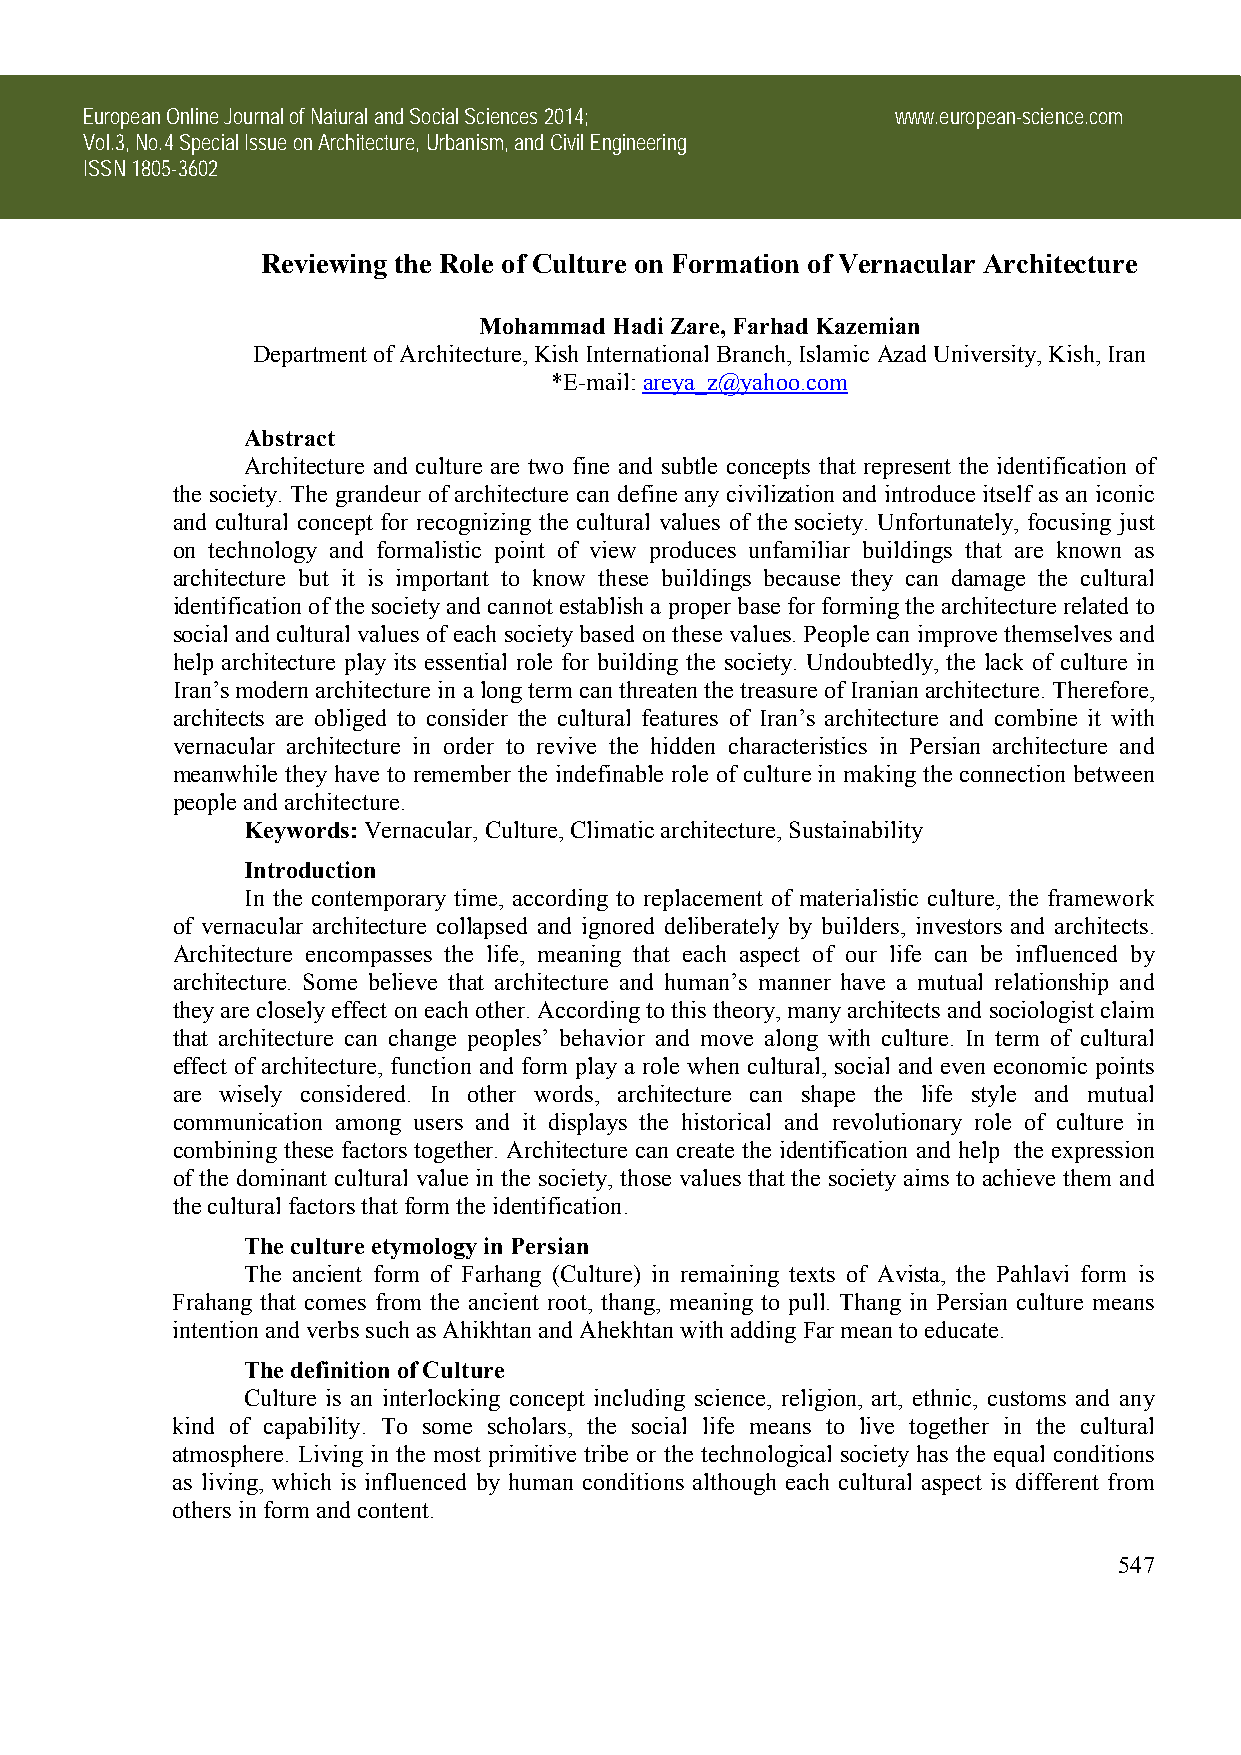
European Online Journal of Natural and Social Sciences 2014; www.european-science.com
 Vol.3, No.4 Special Issue on Architecture, Urbanism, and Civil Engineering
 ISSN 1805-3602
 Reviewing the Role of Culture on Formation of Vernacular Architecture
 Mohammad Hadi Zare, Farhad Kazemian
 Department of Architecture, Kish International Branch, Islamic Azad University, Kish, Iran
 *E-mail: areya_z@yahoo.com
 Abstract
 Architecture and culture are two fine and subtle concepts that represent the identification of
 the society. The grandeur of architecture can define any civilization and introduce itself as an iconic
 and cultural concept for recognizing the cultural values of the society. Unfortunately, focusing just
 on technology and formalistic point of view produces unfamiliar buildings that are known as
 architecture but it is important to know these buildings because they can damage the cultural
 identification of the society and cannot establish a proper base for forming the architecture related to
 social and cultural values of each society based on these values. People can improve themselves and
 help architecture play its essential role for building the society. Undoubtedly, the lack of culture in
 Iran’s modern architecture in a long term can threaten the treasure of Iranian architecture. Therefore,
 architects are obliged to consider the cultural features of Iran’s architecture and combine it with
 vernacular architecture in order to revive the hidden characteristics in Persian architecture and
 meanwhile they have to remember the indefinable role of culture in making the connection between
 people and architecture.
 Keywords: Vernacular, Culture, Climatic architecture, Sustainability
 Introduction
 In the contemporary time, according to replacement of materialistic culture, the framework
 of vernacular architecture collapsed and ignored deliberately by builders, investors and architects.
 Architecture encompasses the life, meaning that each aspect of our life can be influenced by
 architecture. Some believe that architecture and human’s manner have a mutual relationship and
 they are closely effect on each other. According to this theory, many architects and sociologist claim
 that architecture can change peoples’ behavior and move along with culture. In term of cultural
 effect of architecture, function and form play a role when cultural, social and even economic points
 are wisely considered. In other words, architecture can shape the life style and mutual
 communication among users and it displays the historical and revolutionary role of culture in
 combining these factors together. Architecture can create the identification and help the expression
 of the dominant cultural value in the society, those values that the society aims to achieve them and
 the cultural factors that form the identification.
 The culture etymology in Persian
 The ancient form of Farhang (Culture) in remaining texts of Avista, the Pahlavi form is
 Frahang that comes from the ancient root, thang, meaning to pull. Thang in Persian culture means
 intention and verbs such as Ahikhtan and Ahekhtan with adding Far mean to educate.
 The definition of Culture
 Culture is an interlocking concept including science, religion, art, ethnic, customs and any
 kind of capability. To some scholars, the social life means to live together in the cultural
 atmosphere. Living in the most primitive tribe or the technological society has the equal conditions
 as living, which is influenced by human conditions although each cultural aspect is different from
 others in form and content.
 547